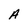
Character: A